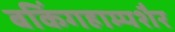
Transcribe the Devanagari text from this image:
बकिंगहाम्पशैर